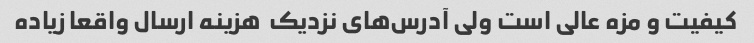
کیفیت و مزه عالی است ولی آدرس‌های نزدیک  هزینه ارسال واقعا زیاده